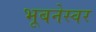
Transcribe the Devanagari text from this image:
भूबनेस्वर